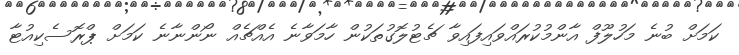
ކަމަށް ބުނެ މަހުލޫފް އާންމުކުރައްވައިފައިވާ ޗެޓުލޮގުތަކުން ހާމަވާނެ އެއްޗެއް ނޯންނާނެ ކަމަށް ޕްރޮސެކިއުޓާ